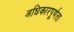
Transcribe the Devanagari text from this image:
अधिकारपूर्णता